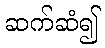
ဆက်ဆံ၍